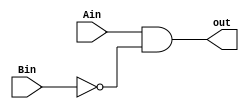
module gt1b(out, Ain, Bin);
    output wire out;
    input wire Ain, Bin;

    assign out = Ain & ~Bin;
endmodule